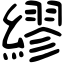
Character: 繆